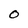
Character: O